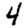
Digit: 4